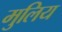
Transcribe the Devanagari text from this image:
मुलिय